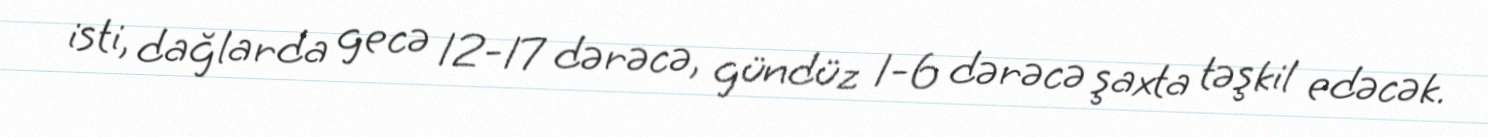
isti, dağlarda gecə 12-17 dərəcə, gündüz 1-6 dərəcə şaxta təşkil edəcək.